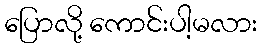
ပြောလို့ ကောင်းပါ့မလား